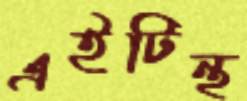
এইটিন্থ